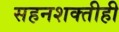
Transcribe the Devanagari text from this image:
सहनशक्तीही